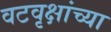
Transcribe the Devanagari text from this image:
वटवृक्षांच्या